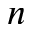
n